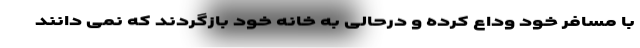
با مسافر خود وداع کرده و درحالی به خانه خود بازگردند که نمی دانند